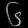
Digit: ၆